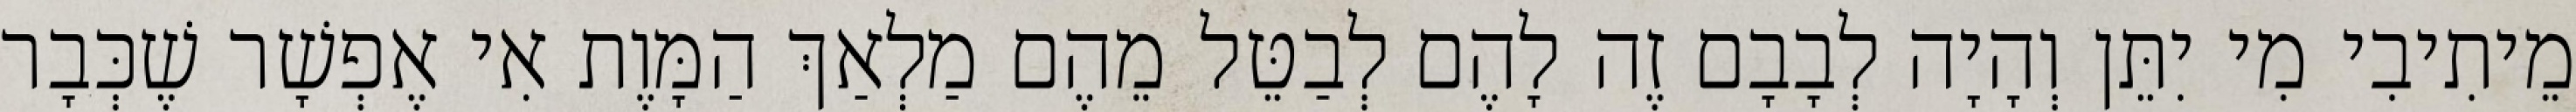
מֵיתִיבִי מִי יִתֵּן וְהָיָה לְבָבָם זֶה לָהֶם לְבַטֵּל מֵהֶם מַלְאַךְ הַמָּוֶת אִי אֶפְשָׁר שֶׁכְּבָר